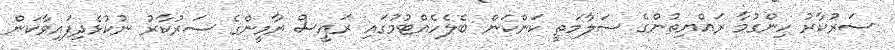
ސަރުކާރު ހިންގުމާ ރައްޔިތުންގެ ސަލާމަތީ ކަންކަން ބެލެހެއްޓުމުގައި ރައީސް ޔާމީންގެ ސަރުކާރު ނުކުޅެދިފައިވާކަން